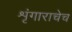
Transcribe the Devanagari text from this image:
शृंगाराचेच